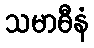
သမာဓီနံ